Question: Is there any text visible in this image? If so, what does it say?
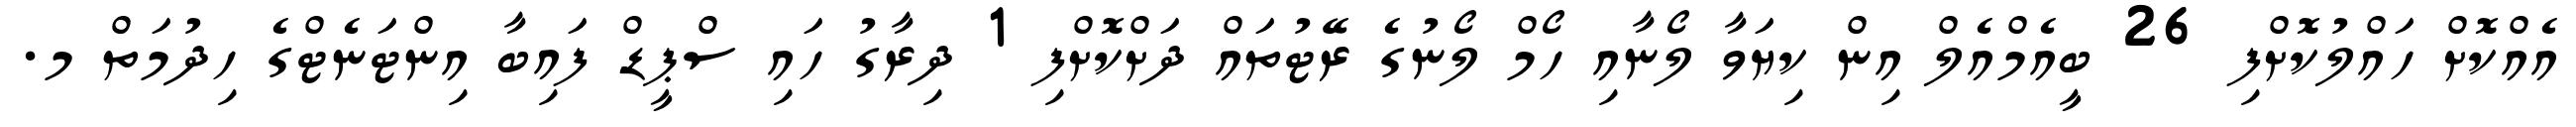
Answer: އެއްކޮށް ހައްލުކޮށްފި 26 ބީއެމްއެލް އިން ކިޔަވާ ލޯނާއި ހޯމް ލޯނުގެ ރޭޓުތައް ދަށްކޮށްފި 1 ދިރާގު ހައި ސްޕީޑް ފައިބާ އިންޓަނެޓްގެ ހިދުމަތް މ.